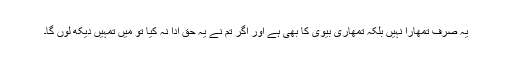
یہ صرف تمھارا نہیں بلکہ تمھاری بیوی کا بھی ہے اور اگر تم نے یہ حق ادا نہ کیا تو میں تمہیں دیکھ لوں گا۔